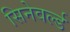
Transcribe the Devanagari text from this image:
सिनेवर्ल्ड